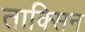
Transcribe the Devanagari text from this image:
ताक्सिन